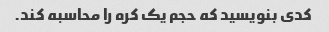
کدی بنویسید که حجم یک کره را محاسبه کند.